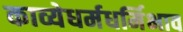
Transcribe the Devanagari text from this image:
काव्येधर्मधर्मिभाव